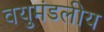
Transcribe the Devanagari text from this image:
वयुमंडलीय